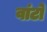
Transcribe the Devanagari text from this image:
वांटो